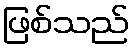
ဖြစ်သည်